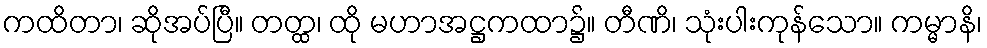
ကထိတာ၊ ဆိုအပ်ပြီ။ တတ္ထ၊ ထို မဟာအဋ္ဌကထာ၌။ တီဏိ၊ သုံးပါးကုန်သော။ ကမ္မာနိ၊